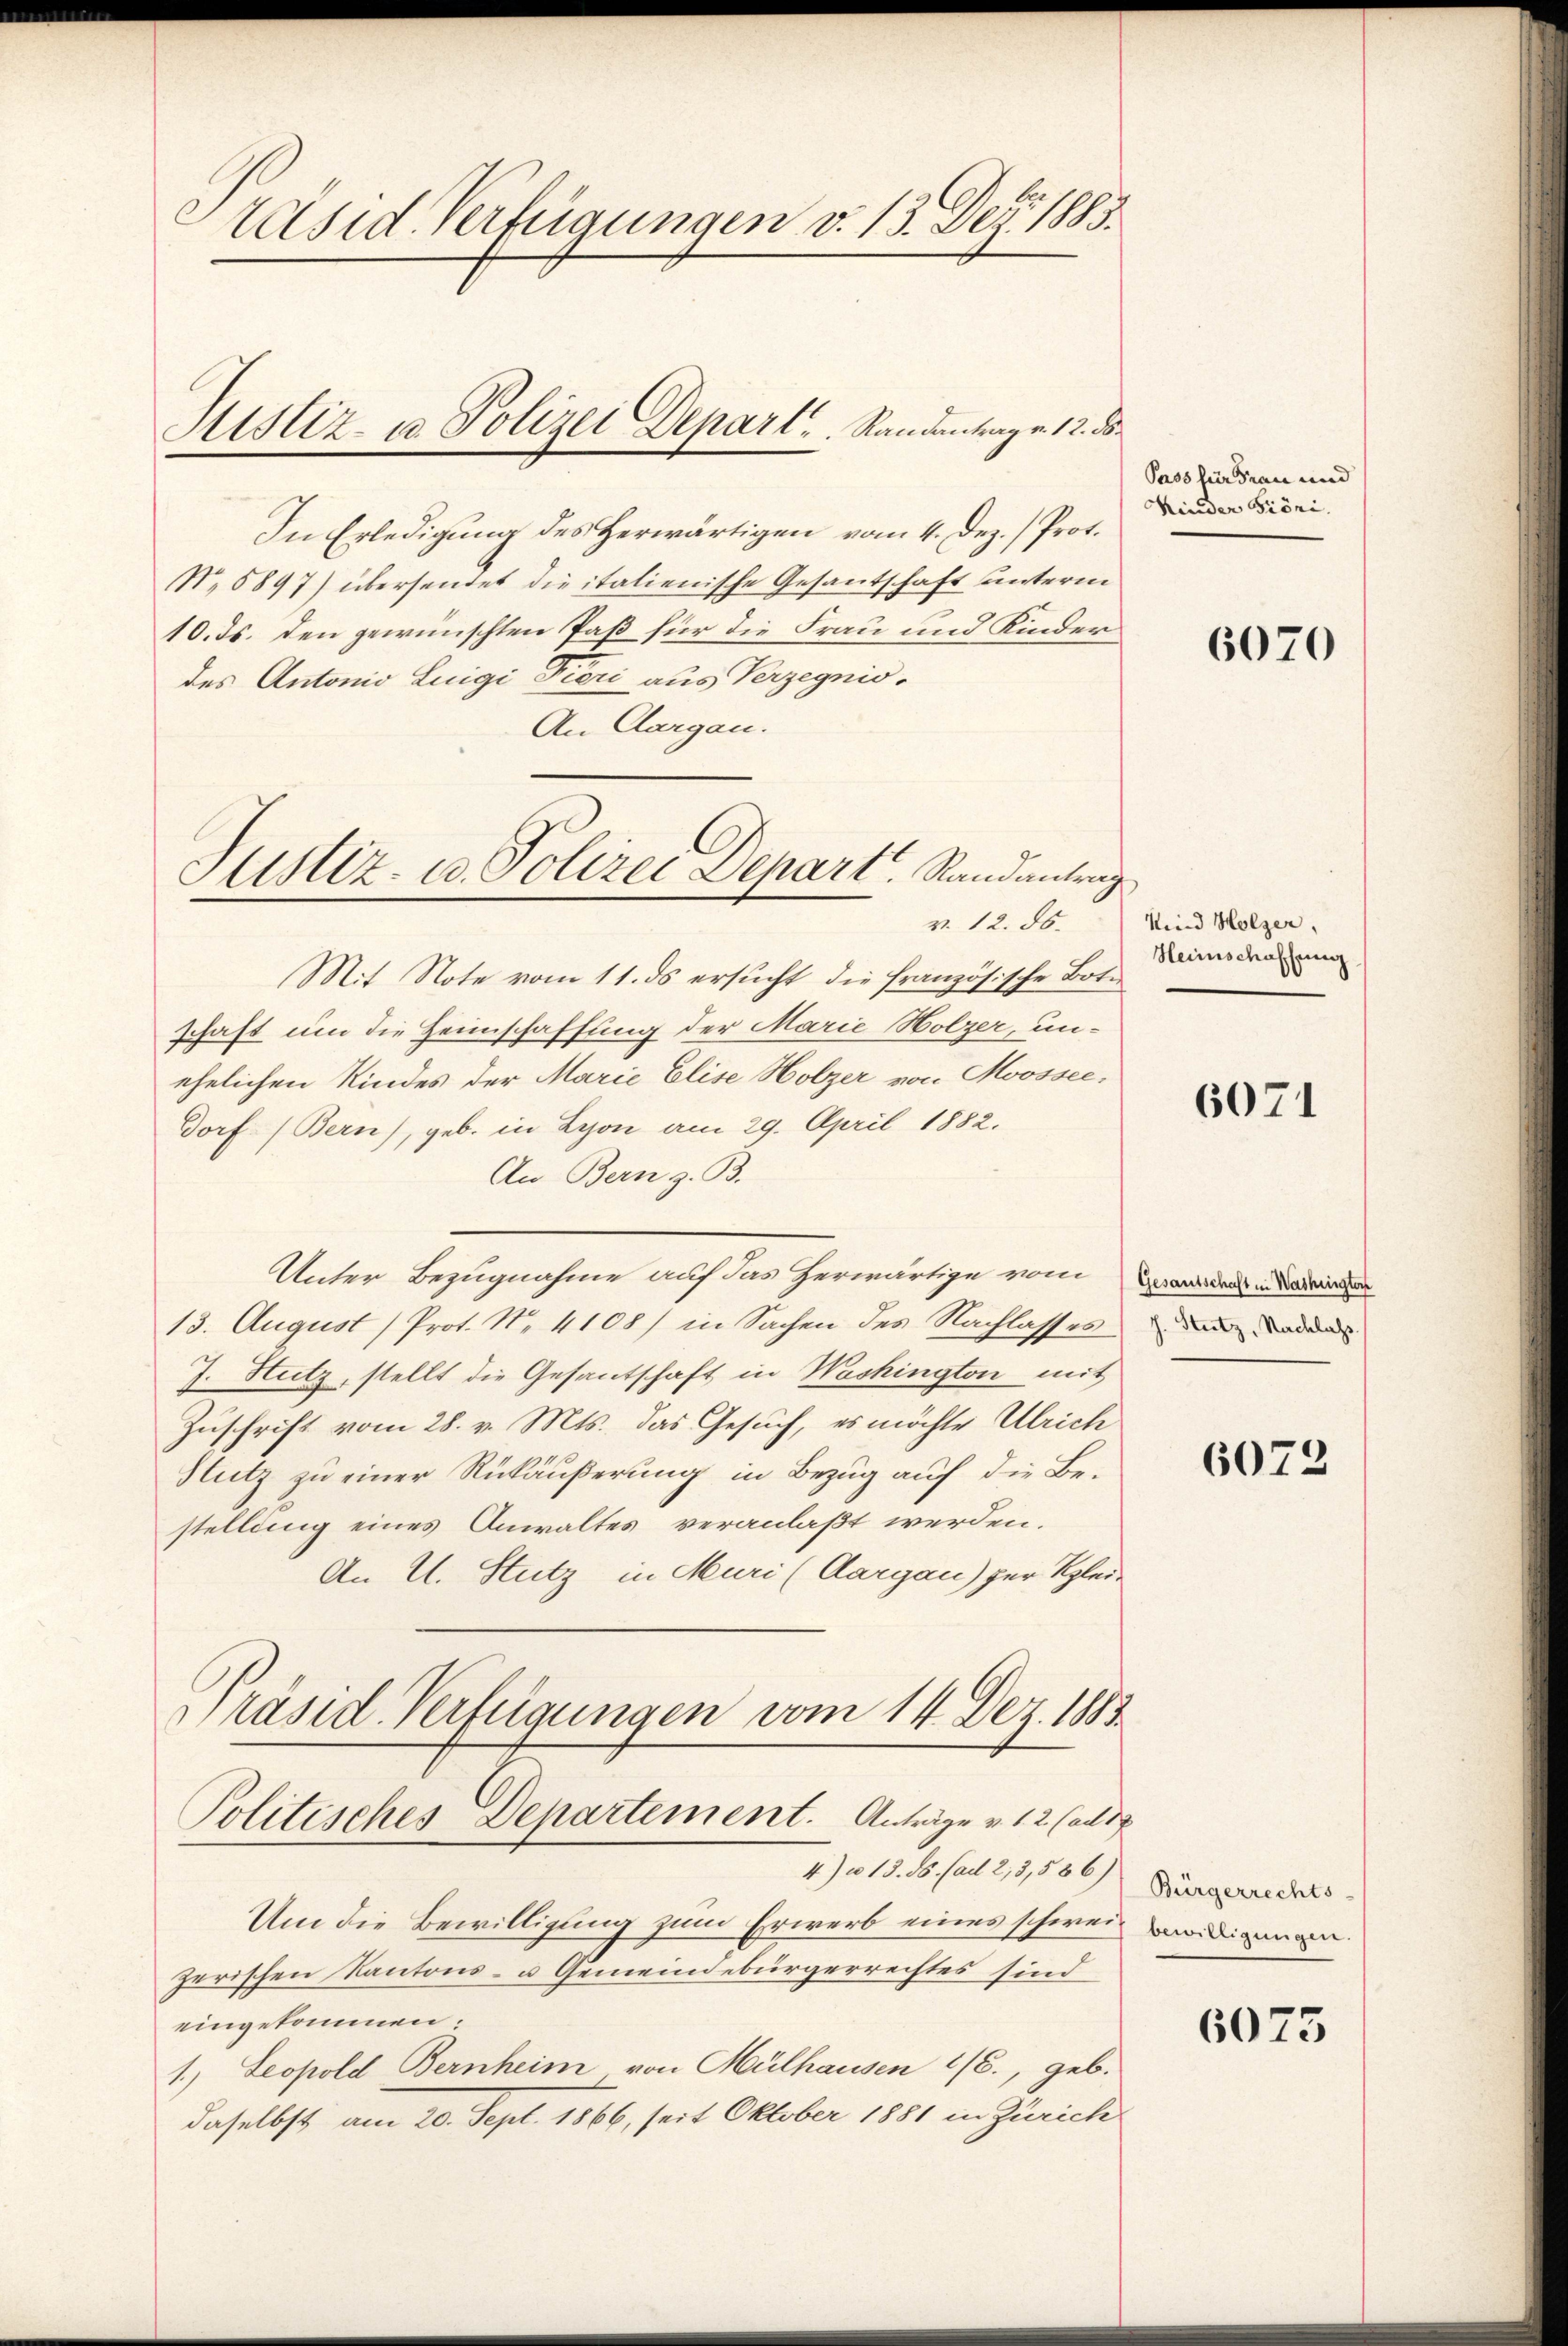
Präsid. Verfügungen v. 13. Dez. 1883.

In Erledigung des Herwärtigen vom 4. Dez. / Prot.
N. 5897) übersendet die italienische Gesantschaft unterm
10. ds. den gewünschten Paß für die Frau und Kinder
des Antonio Luigi Pieri aus Verzegnis.
An Aargau.

Sistiz- u. Polizei Depart ..  Randantrage 12. ds.

Justiz- u. Polizei Depart. Randantrag
v. 12. ds.

Mit Note vom 11. ds ersucht, die französische Botschaft um die Heimschaffung der Marie Holzer, unehelichen Kindes der Marie Elise Holzer von Moossec.
Dorf (Bern), geb. in Lyon am 29. April 1882.
An Bern z. B.
Unter Bezugnahme auf das herwärtige vom Badans in de
13. August) Prot. N. 4108) in Sachen des Nachlasses der
J. Hutz, stellt die Gesantschaft in Washington mit
Zuschrift vom 28. v. Mts. das Gesuch, es möchte Ulrich
Stutz zu einer Rückäußerung in Bezug auf die Bestellung eines Anwaltes veranlaßt werden.
An U. Stutz in Muri (Aargau) zur Klei¬

Präsid. Verfügungen vom 14. Dez. 1883.
Politisches Departement. Anträge v. 12. (als
4) u. 13. ds. (ad 2, 3,586)

Pass für dran und
Kinder Gröni.

Um die Bewilligung zum Erwerb eines schweiz nadigen
zerischen Kantons- u Gemeindebürgerrechtes sind
eingekommen:
1.) Leopold Bernheim von Mülhausen 1/6., geb.
daselbst am 20. Sept. 1866, seit Oktober 1881 in Zürich

6070

Kind Holzer,
Heimschaffung

6071

6072

Bürgerrechts-

6073